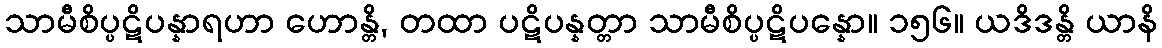
သာမီစိပ္ပဋိပန္နာရဟာ ဟောန္တိ, တထာ ပဋိပန္နတ္တာ သာမီစိပ္ပဋိပန္နော။ ၁၅၆။ ယဒိဒန္တိ ယာနိ